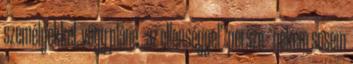
sze­mélyekkel, vagy pláne „az ellenséggel” persze – nekem sosem